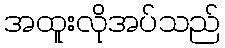
အထူးလိုအပ်သည်